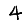
Digit: 4